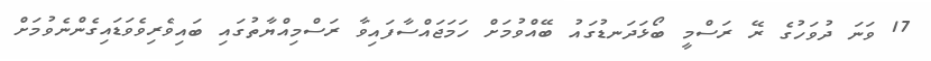
17 ވަނަ ދުވަހުގެ ރޭ ރަސްމީ ބޯޅަދަނޑުގައު ބޭއްވުމަށް ހަމަޖައްސާފައިވާ ރަސްމިއްޔާތުގައި ބައިވެރިވެވަޑައިގެންނެވުމަށް